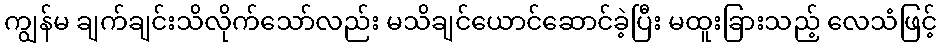
ကျွန်မ ချက်ချင်းသိလိုက်သော်လည်း မသိချင်ယောင်ဆောင်ခဲ့ပြီး မထူးခြားသည့် လေသံဖြင့်